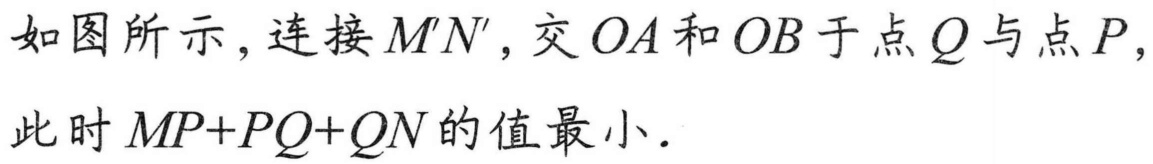
如图所示，连接$M'N'$，交$OA$和$OB$于点$Q$与点$P$，
此时$MP + PQ + QN$的值最小．